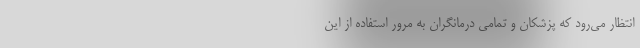
انتظار می‌رود که پزشکان و تمامی درمانگران به مرور استفاده از این